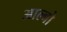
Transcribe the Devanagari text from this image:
आल्बो